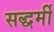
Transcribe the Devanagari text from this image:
सद्धर्मी